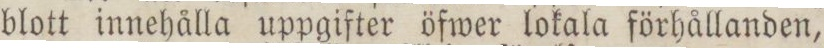
blott innehålla uppgifter öfwer lokala förhållanden,